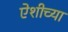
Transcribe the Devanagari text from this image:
ऐशीच्या